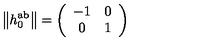
\left\| h _ { 0 } ^ { \mathrm { a b } } \right\| = \left( \begin{array} { c c } { - 1 } & { 0 } \\ { 0 } & { 1 } \\ \end{array} \right)